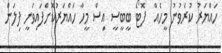
ހައްޔަރު ކުރެވުނު މީހެއް  ފޮޓޯ ބީބީސީ އިސް މީހާ ހައްޔަރުކޮށްފައިވަނީ ފިލަން